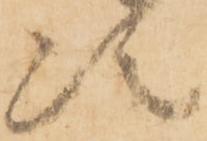
次